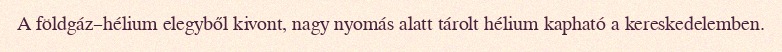
A földgáz–hélium elegyből kivont, nagy nyomás alatt tárolt hélium kapható a kereskedelemben.